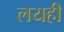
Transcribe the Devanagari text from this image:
लयही